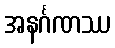
အနင်္ဂဏဿ